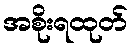
အစိုးရထုတ်